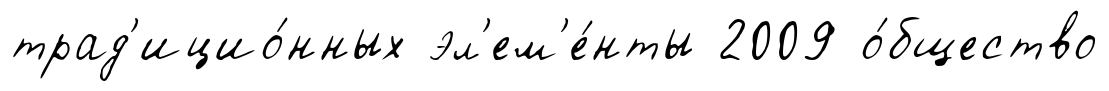
трад'ицио́нных эл'ем'е́нты 2009 о́бщество